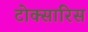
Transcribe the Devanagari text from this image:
टोक्सारिस